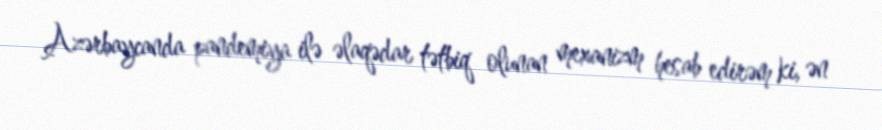
Azərbaycanda pandemiya ilə əlaqədar tətbiq olunan mexanizm hesab edirəm ki, ən